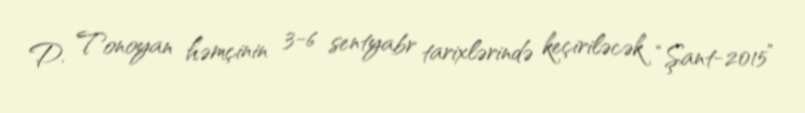
D. Tonoyan həmçinin 3-6 sentyabr tarixlərində keçiriləcək “Şant-2015”